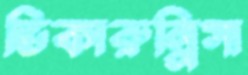
ভিকারুন্নিসা